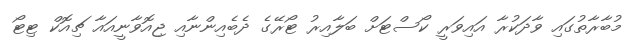
މުބާރާތުގައި ވާދަކުރާ އައިވަރީ ކޯސްޓަށް ބަލާއިރު ޓޯރޭގެ ދެބެއިންނާއި ޖިއޮވާނީއައާ ޗިއޮކް ޓިޓޯ